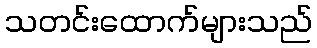
သတင်းထောက်များသည်